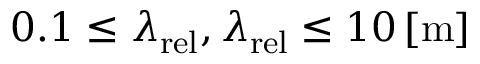
0 . 1 \le \lambda _ { \mathrm { { r e l } } } , \lambda _ { \mathrm { { r e l } } } \le 1 0 \left[ \mathrm { { m } } \right]